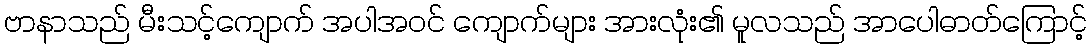
ဗာနာသည် မီးသင့်ကျောက် အပါအဝင် ကျောက်များ အားလုံး၏ မူလသည် အာပေါဓာတ်ကြောင့်